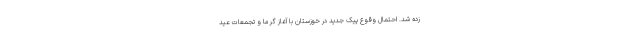
زده شد. احتمال وقوع پیک جدید در خوزستان با آغاز گرما و تجمعات عید